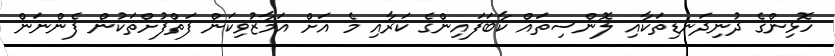
ހޮޅިންގެ ދުނިދަނޑިތަކާއި ލޮންސިތައް ކާބަފައިންގެ ކަރާއި މެ އަށް އަމާޒުވިކަން ފަތްފުށްތަކުން ފެންނަން